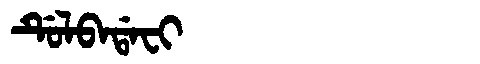
Manchu: ᡩᡠᠯᠪᠠᡩᠠᠸᡳ
Romanization: DULBADAFI